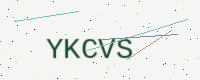
Text: YKCVS